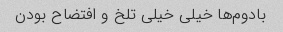
بادوم‌ها خیلی خیلی تلخ و افتضاح بودن